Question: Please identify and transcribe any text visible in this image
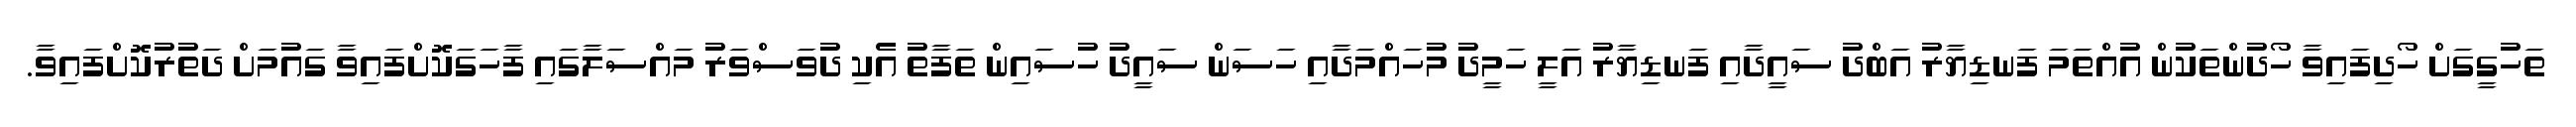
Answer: ތަހުގީގަށް ހޯދިފައިވާ ހޯދުންތަކުން އުއްތަމަ ފަނޑިޔާރު އަބްދު ސައީދާއި ފަނޑިޔާރު އަލީ ހަމީދު މުހައްމަދާއި ހަސަން ސައީދު ހުސައިން ތަފާތު އެކި ދުވަސްވަރު މައްސަލާގައި ފާހަގަކޮށްފައިވާ ގައުމަށް ދަތުރުކޮށްފައިވާ.